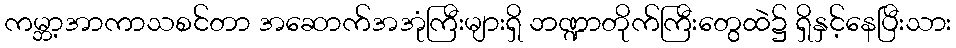
ကမ္ဘာ့အာကာသစင်တာ အဆောက်အအုံကြီးများရှိ ဘဏ္ဍာတိုက်ကြီးတွေထဲ၌ ရှိနှင့်နေပြီးသား